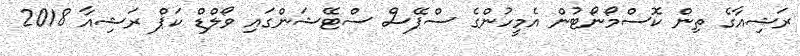
ރަޝިއާގެ ތިން ކޮސްމޯނޯޓުން އެމީހުންގެ ސްޕޭސް ސްޓޭޝަންގައި ވޯލްޑް ކަޕް ރަޝިއާ 2018